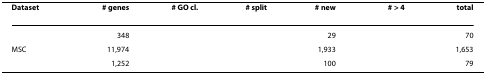
<table><thead><tr><td><b>Dataset</b></td><td><b># genes</b></td><td><b># GO cl.</b></td><td><b># split</b></td><td><b># new</b></td><td><b># &gt; 4</b></td><td><b>total</b></td></tr></thead><tbody><tr><td>[EMPTY_CELL]</td><td>348</td><td>[EMPTY_CELL]</td><td>[EMPTY_CELL]</td><td>29</td><td>[EMPTY_CELL]</td><td>70</td></tr><tr><td>MSC</td><td>11,974</td><td>[EMPTY_CELL]</td><td>[EMPTY_CELL]</td><td>1,933</td><td>[EMPTY_CELL]</td><td>1,653</td></tr><tr><td>[EMPTY_CELL]</td><td>1,252</td><td>[EMPTY_CELL]</td><td>[EMPTY_CELL]</td><td>100</td><td>[EMPTY_CELL]</td><td>79</td></tr></tbody></table>